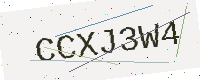
Text: CCXJ3W4